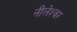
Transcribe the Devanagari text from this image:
नीलेश्‍वर